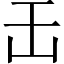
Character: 𠙻